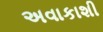
અવાકાશી